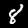
Digit: 8